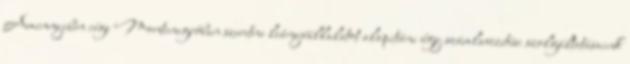
Amennyiben cége Montenegróban szeretne leányvállalatot alapitáni úgy számlavezetési szolgáltatásaink